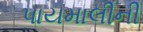
પાયમાલીની